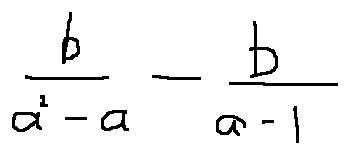
\frac { b } { a ^ { 2 } - a } - \frac { b } { a - 1 }